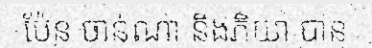
ប៉ែន ចាន់ណា និងភិយា បាន